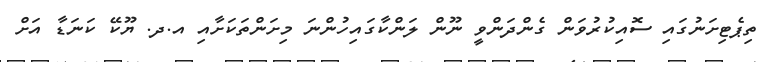
ތިޕެޓިށަނުގައި ސޮއިކުރުވަން ގެންދަންވީ ނޫން ލަންކާގައިހުންނަ މިށަންތަކަށާއި އ.ދ. ޔޫކޭ ކަނަޑާ އަށް